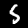
Label: 5